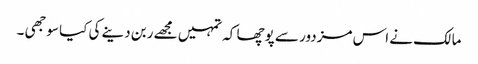
مالک نے اس مزدور سے پوچھا کہ تمہیں مجھے ربن دینے کی کیا سوجھی ۔